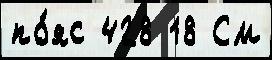
по́яс 428 18 См